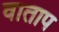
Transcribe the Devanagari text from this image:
वाताप